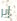
إير